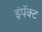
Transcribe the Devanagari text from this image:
इंपॅक्ट